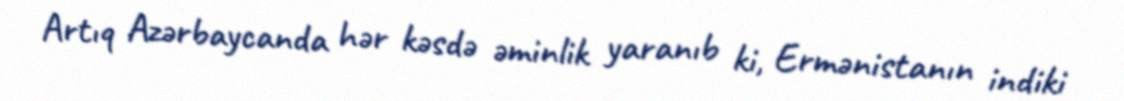
Artıq Azərbaycanda hər kəsdə əminlik yaranıb ki, Ermənistanın indiki